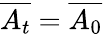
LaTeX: \overline{{A_{t}}}=\overline{{A_{0}}}